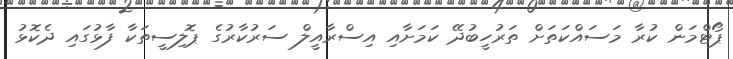
ޕޯޓްމަން ކުރާ މަސައްކަތަށް ތަރުހީބުދޭ ކަމަށާއި އިސްރާއީލް ސަރުކާރުގެ ޕޮލިސީތަކާ ފާޅުގައި ދެކޮޅު